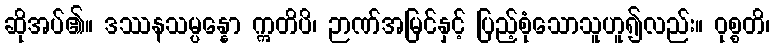
ဆိုအပ်၏။ ဒဿနသမ္ပန္နော ဣတိပိ၊ ဉာဏ်အမြင်နှင့် ပြည့်စုံသောသူဟူ၍လည်း။ ဝုစ္စတိ၊